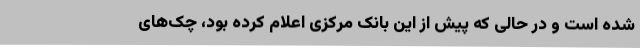
شده است و در حالی که پیش از این بانک مرکزی اعلام کرده بود، چک‌های